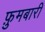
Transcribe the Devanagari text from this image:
फ़ुमबारी